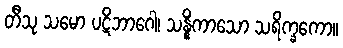
တီသု သမော ပဋိဘာဂေါ၊ သန္နိကာသော သရိက္ခကော။